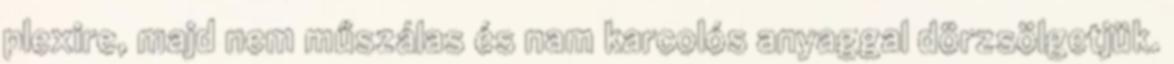
plexire, majd nem műszálas és nam karcolós anyaggal dörzsölgetjük.